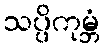
သပ္ပိကုမ္ဘံ